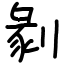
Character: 剶